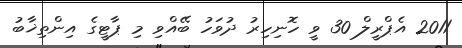
2011 އެޕްރީލް 30 ވީ ހޮނިހިރު ދުވަހު ބޭއްވި މި ޕާޓީގެ އިންތިޚާބު